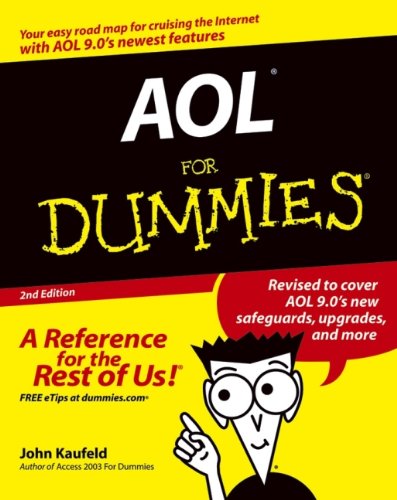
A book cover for AOL For Dummies (For Dummies (Computers)); John Kaufeld; Computers & Technology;